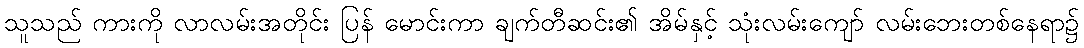
သူသည် ကားကို လာလမ်းအတိုင်း ပြန် မောင်းကာ ချက်တီဆင်း၏ အိမ်နှင့် သုံးလမ်းကျော် လမ်းဘေးတစ်နေရာ၌